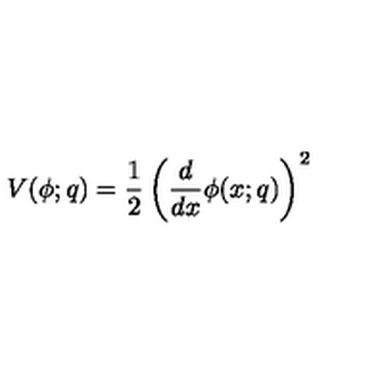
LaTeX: V ( \phi ; q ) = \frac 1 2 \left( \frac { d } { d x } \phi ( x ; q ) \right) ^ { 2 }